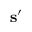
\mathbf { s } ^ { \prime }